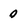
Character: 0